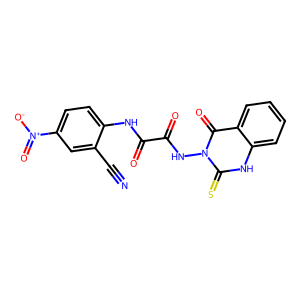
SMILES: N#Cc1cc([N+](=O)[O-])ccc1NC(=O)C(=O)Nn1c(=S)[nH]c2ccccc2c1=O
Inhibits HIV replication: No